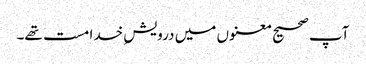
آپ صحیح معنوں میں درویشِ خدا مست تھے۔